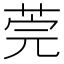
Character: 莞